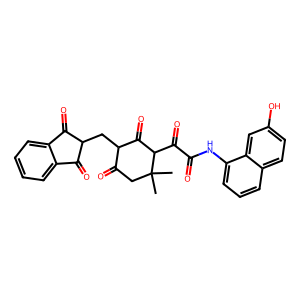
SMILES: CC1(C)CC(=O)C(CC2C(=O)c3ccccc3C2=O)C(=O)C1C(=O)C(=O)Nc1cccc2ccc(O)cc12
Inhibits HIV replication: No